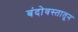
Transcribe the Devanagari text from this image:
बंदोवस्तातून